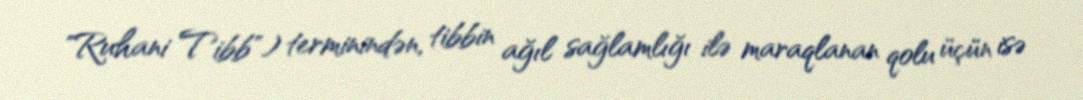
"Ruhani Tibb") terminindən, tibbin ağıl sağlamlığı ilə maraqlanan qolu üçün isə